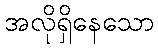
အလိုရှိနေသော